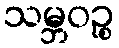
သမ္ဘဝဉ္စ